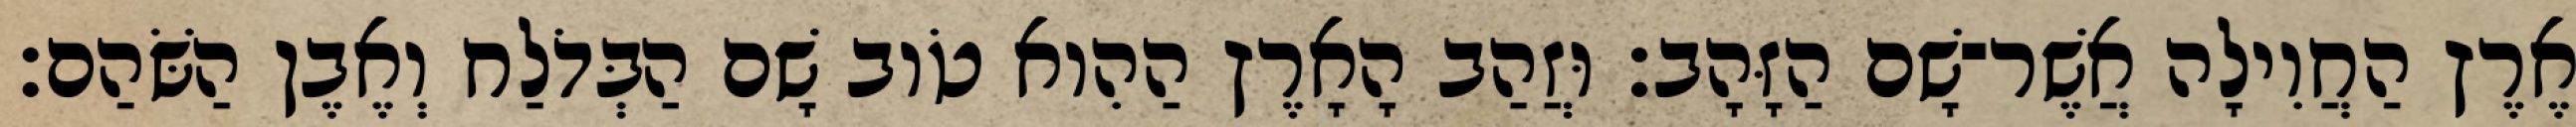
אֶרֶץ הַחֲוִילָה אֲשֶׁר־שָׁם הַזָּהָב׃ וּזֲהַב הָאָרֶץ הַהִוא טֹוב שָׁם הַבְּדֹלַח וְאֶבֶן הַשֹּׁהַם׃